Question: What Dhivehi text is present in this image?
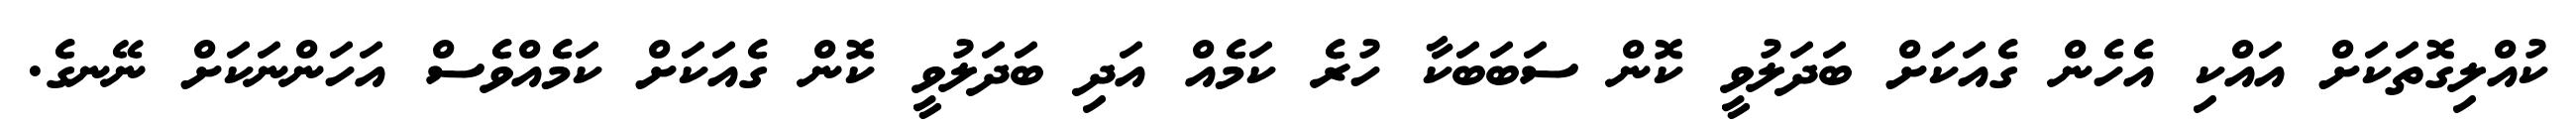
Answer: ކުއްލިގޮތަކަށް އައްކި އެހެން ގެއަކަށް ބަދަލުވީ ކޮން ސަބަބަކާ ހުރެ ކަމެއް އަދި ބަދަލުވީ ކޮން ގެއަކަށް ކަމެއްވެސް އަހަންނަކަށް ނޭނގެ.